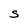
Character: S